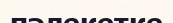
пәлекетке